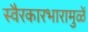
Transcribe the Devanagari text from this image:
स्वैरकारभारामुळें